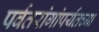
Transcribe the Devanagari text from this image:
पर्वतरांगांपर्यंतच्या